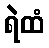
ရဲထံ